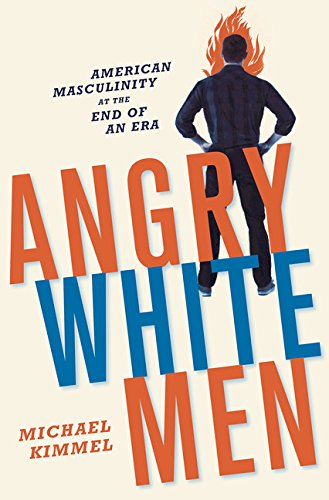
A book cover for Angry White Men: American Masculinity at the End of an Era; Michael Kimmel; Politics & Social Sciences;